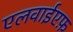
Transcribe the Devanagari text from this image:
एलवाईएफ़